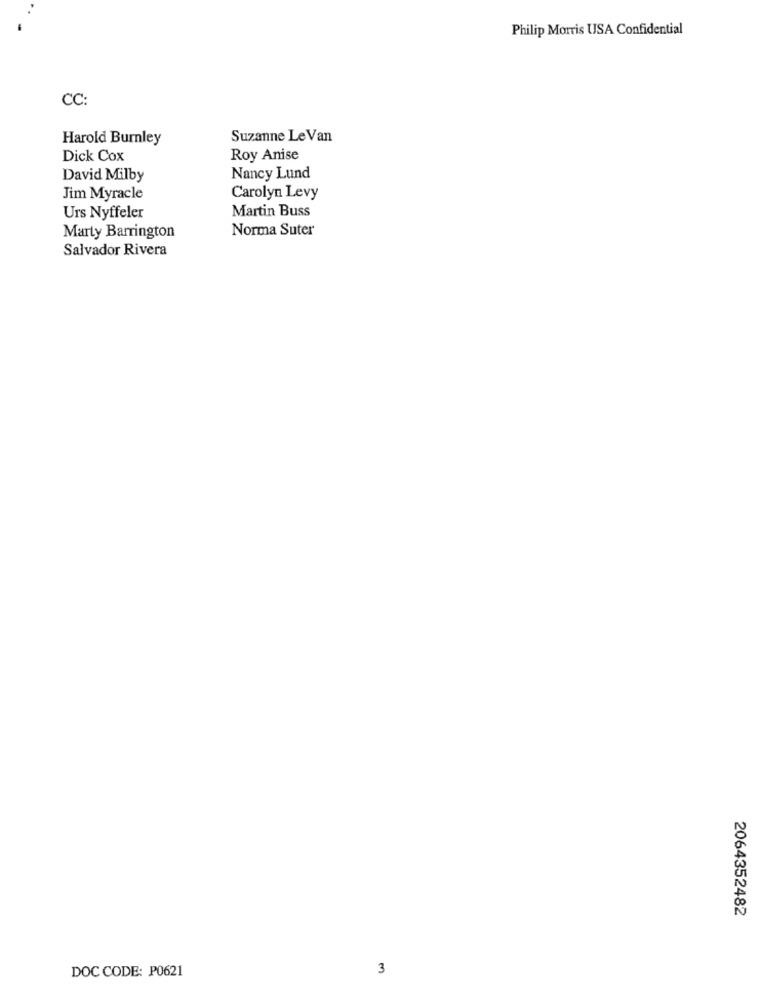
Philip Morris USA Confidential
CC:
Harold Burnley
Suzanne Le Van
Dick Cox
Roy Anise
David Milby
Nancy Lund
Jim Myracle
Carolyn Levy
Martin Buss
Urs Nyffeler
Norma Suter
Marty Barrington
Salvador Rivera
2064352482
DOC CODE: P0621
3